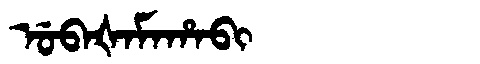
Manchu: ᡠᠪᠠᡧᠠᠮᠠᡥᠠᠪᡳ
Romanization: UBAŠAMAHABI